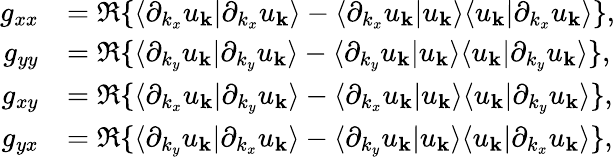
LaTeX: \begin{array}{rl}{g_{xx}}&{=\Re\{ \langle\partial_{k_{x}}u_{\mathbf{k}}|\partial_{k_{x}}u_{\mathbf{k}}\rangle-\langle\partial_{k_{x}}u_{\mathbf{k}}|u_{\mathbf{k}}\rangle\langle u_{\mathbf{k}}|\partial_{k_{x}}u_{\mathbf{k}}\rangle\} ,}\\ {g_{yy}}&{=\Re\{ \langle\partial_{k_{y}}u_{\mathbf{k}}|\partial_{k_{y}}u_{\mathbf{k}}\rangle-\langle\partial_{k_{y}}u_{\mathbf{k}}|u_{\mathbf{k}}\rangle\langle u_{\mathbf{k}}|\partial_{k_{y}}u_{\mathbf{k}}\rangle\} ,}\\ {g_{xy}}&{=\Re\{ \langle\partial_{k_{x}}u_{\mathbf{k}}|\partial_{k_{y}}u_{\mathbf{k}}\rangle-\langle\partial_{k_{x}}u_{\mathbf{k}}|u_{\mathbf{k}}\rangle\langle u_{\mathbf{k}}|\partial_{k_{y}}u_{\mathbf{k}}\rangle\} ,}\\ {g_{yx}}&{=\Re\{ \langle\partial_{k_{y}}u_{\mathbf{k}}|\partial_{k_{x}}u_{\mathbf{k}}\rangle-\langle\partial_{k_{y}}u_{\mathbf{k}}|u_{\mathbf{k}}\rangle\langle u_{\mathbf{k}}|\partial_{k_{x}}u_{\mathbf{k}}\rangle\} ,}\end{array}